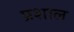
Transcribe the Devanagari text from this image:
प्रशाल